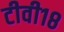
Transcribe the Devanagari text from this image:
टीवी१८